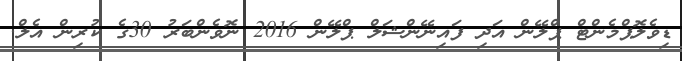
ޑިވެލޮޕްމެންޓް ޕްލޭން އަދި ފައިނޭންޝަލް ޕްލޭން 2016 ނޮވެންބަރު 30ގެ ކުރިން އެލް.